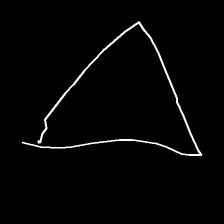
Glyph: convergence